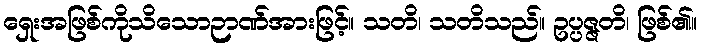
ရှေးအဖြစ်ကိုသိသောဉာဏ်အားဖြင့်။ သတိ၊ သတိသည်။ ဥပ္ပဇ္ဇတိ၊ ဖြစ်၏။